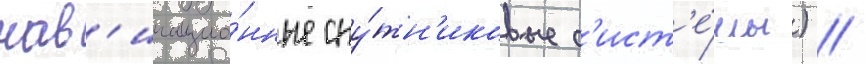
нав'игацио́нные спу́тн'иковые с'ист'е́мы) //